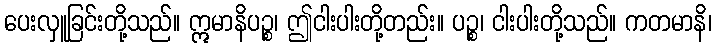
ပေးလှူခြင်းတို့သည်။ ဣမာနိပဉ္စ၊ ဤငါးပါးတို့တည်း။ ပဉ္စ၊ ငါးပါးတို့သည်။ ကတမာနိ၊